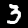
Digit: 3